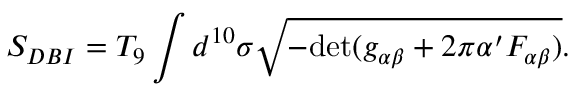
S _ { D B I } = T _ { 9 } \int d ^ { 1 0 } \sigma \sqrt { - \mathrm { d e t } ( g _ { \alpha \beta } + 2 \pi \alpha ^ { \prime } F _ { \alpha \beta } ) } .